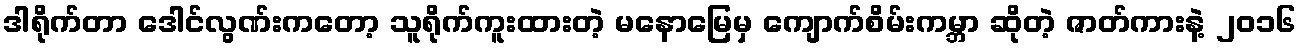
ဒါရိုက်တာ ဒေါင်လွဏ်းကတော့ သူရိုက်ကူးထားတဲ့ မနောမြေမှ ကျောက်စိမ်းကမ္ဘာ ဆိုတဲ့ ဇာတ်ကားနဲ့ ၂၀၁၆